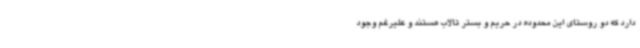
دارد که دو روستای این محدوده در حریم و بستر تالاب هستند و علیرغم وجود